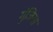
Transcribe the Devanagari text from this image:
गुंजिया